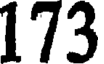
173